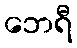
ဘေရီ